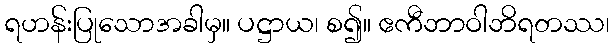
ရဟန်းပြုသောအခါမှ။ ပဋ္ဌာယ၊ စ၍။ ဧကီဘာဝါဘိရတဿ၊